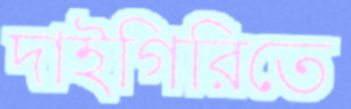
দাইগিরিতে